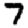
Digit: 7